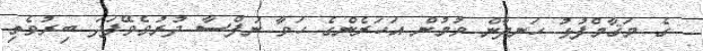
ގެ މަޤާމްފުޅު ހަނދާން ވުމުން އަހަރެންގެ ހަވާ ނަފްސާ ދުރުވެވޭފަދަ ބިރުވެތި